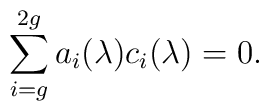
\sum_{i=g}^{2g}a_i(\lambda)c_i(\lambda)=0.